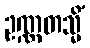
ဥဏ္ဏတသ္မိံ